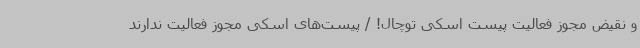
و نقیض مجوز فعالیت پیست اسکی توچال! / پیست‌های اسکی مجوز فعالیت ندارند